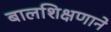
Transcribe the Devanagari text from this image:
बालशिक्षणाने